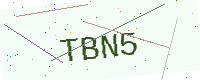
Text: TBN5